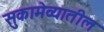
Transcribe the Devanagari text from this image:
सुकामेव्यातील